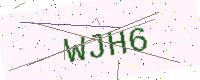
Text: WJH6